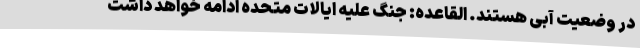
در وضعیت آبی هستند. القاعده: جنگ علیه ایالات متحده ادامه خواهد داشت